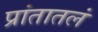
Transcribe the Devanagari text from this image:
प्रांतातलं